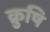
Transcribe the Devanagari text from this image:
क्रुषि